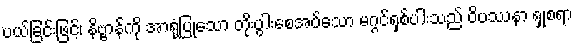
ပယ်ခြင်းဖြင့်၊ နိဗ္ဗာန်ကို အာရုံပြုသော တိုးပွါးစေအပ်သော မဂ္ဂင်ရှစ်ပါးသည် ဝိပဿနာ ရှုစရာ